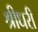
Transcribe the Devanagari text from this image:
श्रीधरी